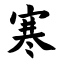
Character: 寒